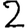
Digit: 2